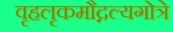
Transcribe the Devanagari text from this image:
वृहलृकमौद्गल्यगोत्रे